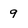
Character: 9